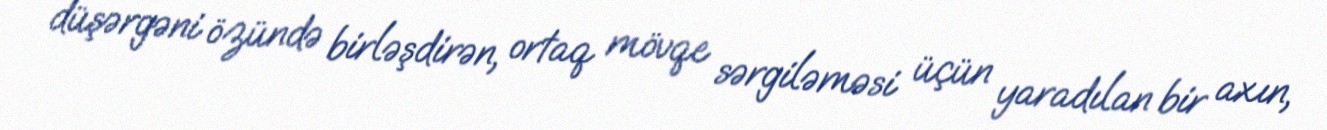
düşərgəni özündə birləşdirən, ortaq mövqe sərgiləməsi üçün yaradılan bir axın,